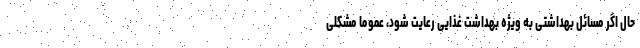
حال اگر مسائل بهداشتی به ویژه بهداشت غذایی رعایت شود، عموما مشکلی